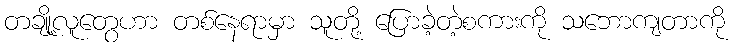
တချို့လူတွေဟာ တစ်နေရာမှာ သူတို့ ပြောခဲ့တဲ့စကားကို သဘောကျတာကို